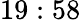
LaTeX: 19:58